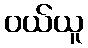
ဝယ်ယူ